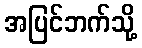
အပြင်ဘက်သို့